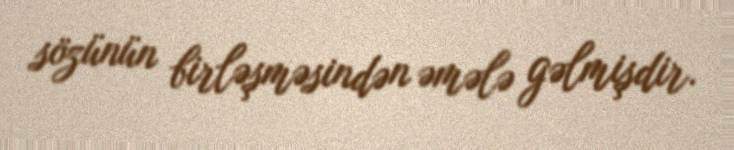
sözünün birləşməsindən əmələ gəlmişdir.